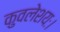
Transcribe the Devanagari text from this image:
कुवलेशयः।